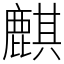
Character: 麒